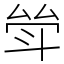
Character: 斚